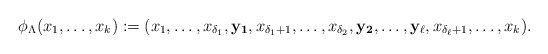
\begin{align*} \phi_{\Lambda}(x_1, \ldots, x_k) := (x_1, \ldots, x_{\delta_1}, {\bf y_{1}}, x_{\delta_1+1}, \ldots, x_{\delta_2}, {\bf y_{2}}, \ldots, {\bf y_{\ell}}, x_{\delta_{\ell}+1}, \ldots, x_{k}) . \end{align*}